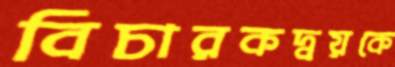
বিচারকদ্বয়কে